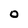
Character: o